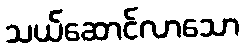
သယ်ဆောင်လာသော